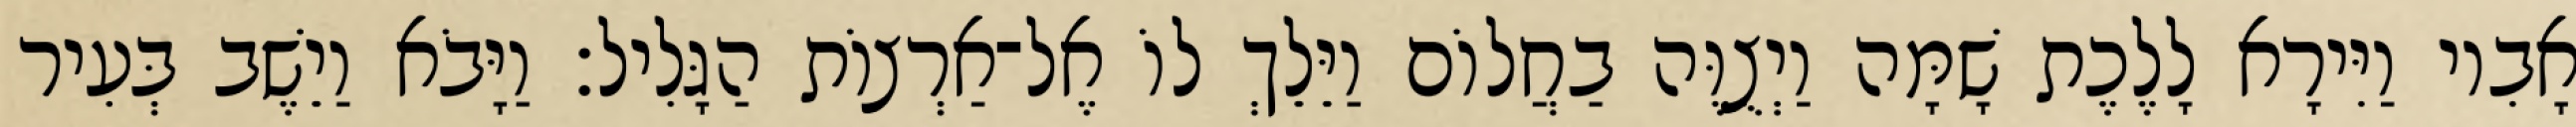
אָבִיו וַיִּירָא לָלֶכֶת שָׁמָּה וַיְצֻוֶּה בַחֲלוֹם וַיֵּלֵךְ לוֹ אֶל־אַרְצוֹת הַגָּלִיל׃ וַיָּבֹא וַיֵשֶׁב בְּעִיר